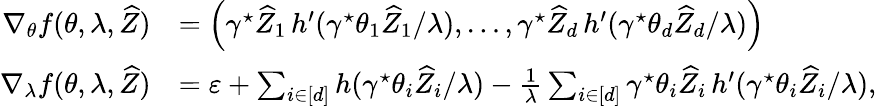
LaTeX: \begin{array}{rl}{\nabla_{\theta}f(\theta,\lambda,\widehat Z)}&{=\left(\gamma^{\star}\widehat Z_{1}\, h^{\prime}(\gamma^{\star}\theta_{1}\widehat Z_{1}/\lambda),\ldots,\gamma^{\star}\widehat Z_{d}\, h^{\prime}(\gamma^{\star}\theta_{d}\widehat Z_{d}/\lambda)\right)}\\ {\nabla_{\lambda}f(\theta,\lambda,\widehat Z)}&{=\varepsilon+\sum_{i\in[d]}h(\gamma^{\star}\theta_{i}\widehat Z_{i}/\lambda)-\frac{1}{\lambda}\sum_{i\in[d]}\gamma^{\star}\theta_{i}\widehat Z_{i}\, h^{\prime}(\gamma^{\star}\theta_{i}\widehat Z_{i}/\lambda),}\end{array}